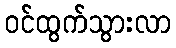
ဝင်ထွက်သွားလာ